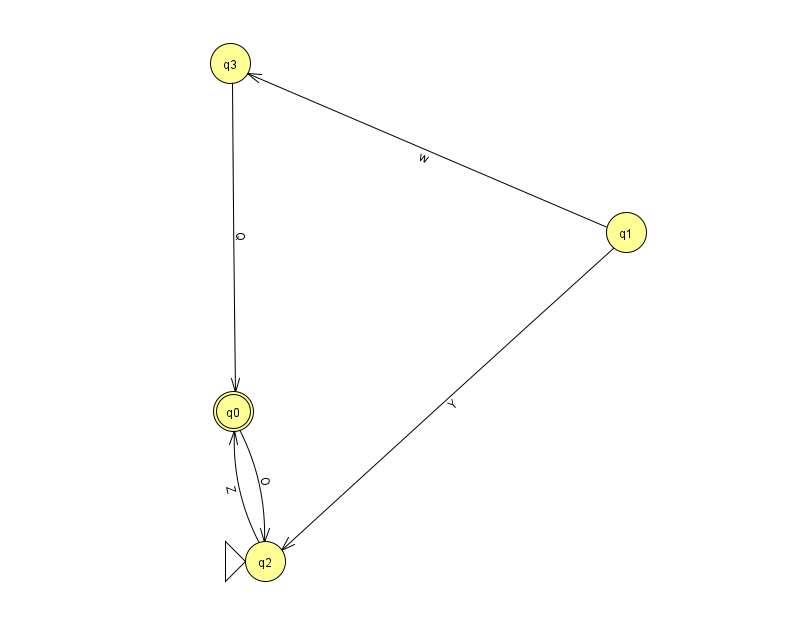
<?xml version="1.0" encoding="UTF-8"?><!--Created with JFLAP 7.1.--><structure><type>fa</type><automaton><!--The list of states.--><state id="0" name="q0"><x>233.0</x><y>398.0</y><final/></state><state id="1" name="q1"><x>626.0</x><y>219.0</y></state><state id="2" name="q2"><x>265.0</x><y>548.0</y><initial/></state><state id="3" name="q3"><x>230.0</x><y>50.0</y></state><!--The list of transitions.--><transition><from>2</from><to>0</to><read>Z</read></transition><transition><from>1</from><to>3</to><read>w</read></transition><transition><from>0</from><to>2</to><read>O</read></transition><transition><from>1</from><to>2</to><read>Y</read></transition><transition><from>3</from><to>0</to><read>Q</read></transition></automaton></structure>